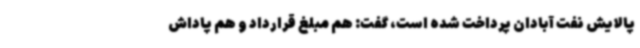
پالایش نفت آبادان پرداخت شده است، گفت: هم مبلغ قرارداد و هم پاداش